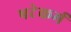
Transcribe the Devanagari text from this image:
षटेकर्म